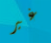
غير